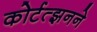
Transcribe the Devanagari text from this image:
कोर्टत्झनने